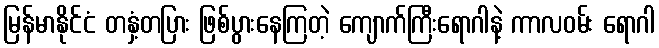
မြန်မာနိုင်ငံ တနှံ့တပြား ဖြစ်ပွားနေကြတဲ့ ကျောက်ကြီးရောဂါနဲ့ ကာလဝမ်း ရောဂါ